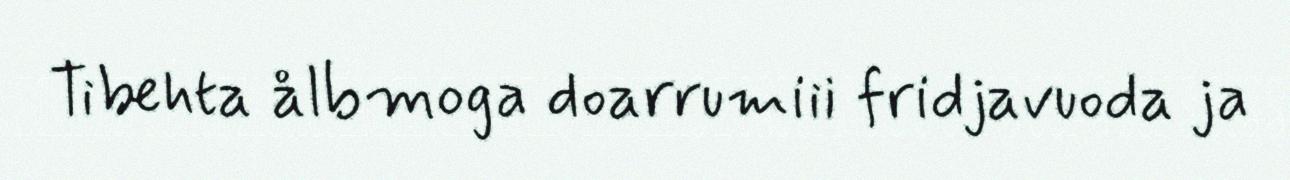
Tibehta ålbmoga doarrumiii fridjavuoda ja